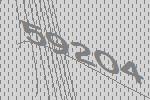
59204